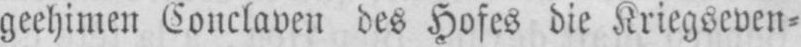
geheimen Conclaven des Hofes die Kriegseven⸗